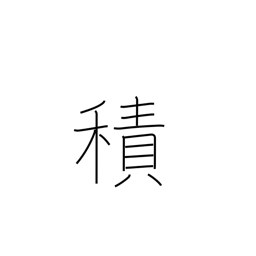
Meaning: load